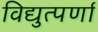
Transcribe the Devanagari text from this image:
विद्युत्पर्णा